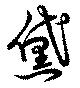
黛